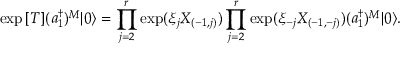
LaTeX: \exp { [ T ] } ( a _ { 1 } ^ { \dagger } ) ^ { M } | 0 \rangle = \prod _ { j = 2 } ^ { r } \exp ( \xi _ { j } X _ { ( - 1 , j ) } ) \prod _ { j = 2 } ^ { r } \exp ( \xi _ { - j } X _ { ( - 1 , - j ) } ) ( a _ { 1 } ^ { \dagger } ) ^ { M } | 0 \rangle .